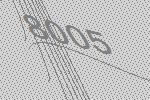
8005